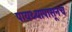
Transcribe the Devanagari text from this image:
पायथ्यापासूनच